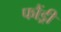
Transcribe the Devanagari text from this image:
फौंड्री